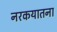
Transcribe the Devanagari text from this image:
नरकयातना